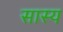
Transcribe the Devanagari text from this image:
सास्य